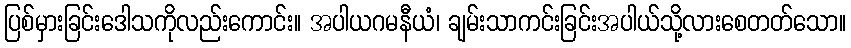
ပြစ်မှားခြင်းဒေါသကိုလည်းကောင်း။ အပါယဂမနီယံ၊ ချမ်းသာကင်းခြင်းအပါယ်သို့လားစေတတ်သော။